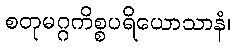
စတုမဂ္ဂကိစ္စပရိယောသာနံ၊